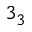
3 _ { 3 }